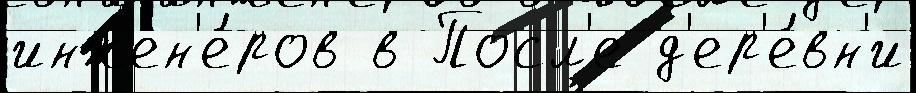
инжен'е́ров в Посл'е д'ер'е́вн'и